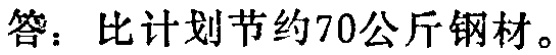
答：比计划节约70公斤钢材。